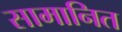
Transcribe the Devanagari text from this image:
सामानित